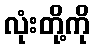
လုံးတို့ကို